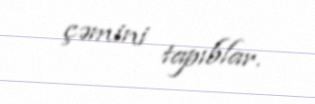
çəmini tapıblar.